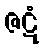
ဇဋံ